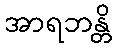
အာရဘန္တိ